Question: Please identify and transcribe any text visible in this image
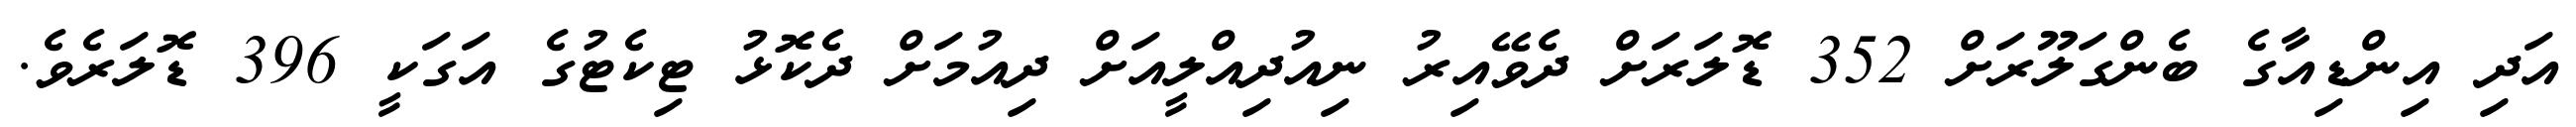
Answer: އަދި އިންޑިއާގެ ބެންގަލޫރަށް 352 ޑޮލަރަށް ދެވޭއިރު ނިއުދިއްލީއަށް ދިއުމަށް ދެކޮޅު ޓިކެޓުގެ އަގަކީ 396 ޑޮލަރެވެ.